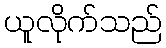
ယူလိုက်သည်